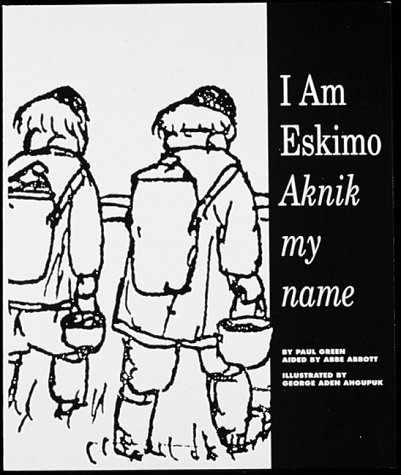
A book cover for I Am Eskimo: Aknik My Name; Paul Green; Travel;